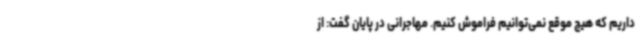
داریم که هیچ موقع نمی‌توانیم فراموش کنیم. مهاجرانی در پایان گفت: از